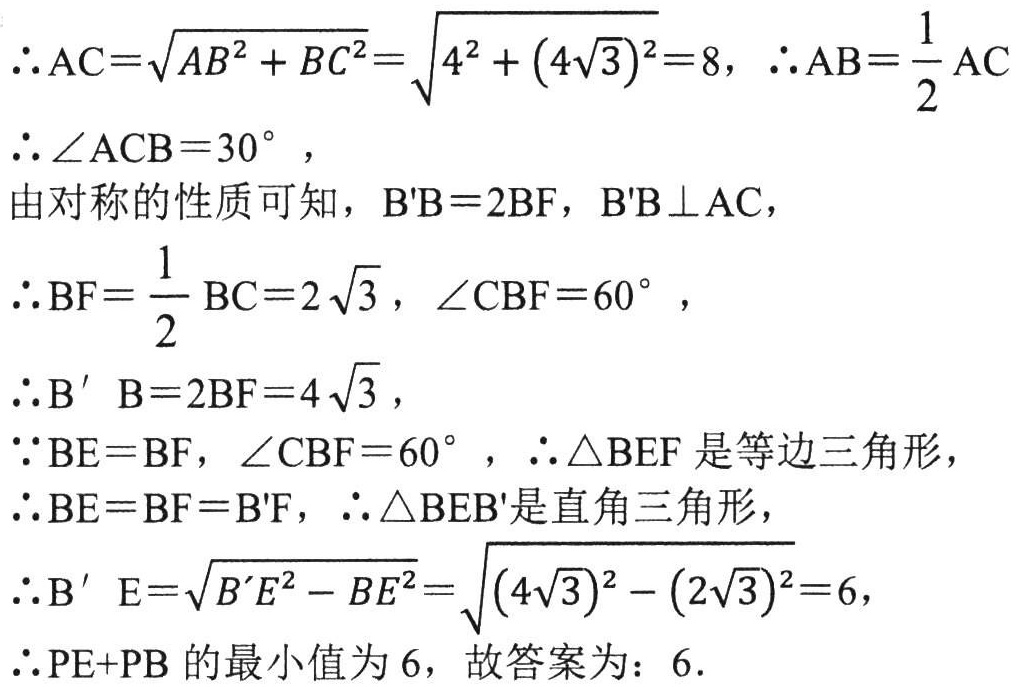
\(\therefore AC = \sqrt{AB^{2}+BC^{2}}=\sqrt{4^{2}+(4\sqrt{3})^{2}} = 8, \therefore AB=\frac{1}{2}AC\)

\(\therefore \angle ACB = 30^{\circ},\)

由对称的性质可知，\(B'B = 2BF, B'B\perp AC,\)

\(\therefore BF=\frac{1}{2}BC = 2\sqrt{3}, \angle CBF = 60^{\circ},\)

\(\therefore B^{\prime}B = 2BF = 4\sqrt{3},\)

\(\because BE = BF, \angle CBF = 60^{\circ}, \therefore \triangle BEF\)是等边三角形，

\(\therefore BE = BF = B'F, \therefore \triangle BEB'\)是直角三角形，

\(\therefore B^{\prime}E=\sqrt{B^{\prime}E^{2}-BE^{2}}=\sqrt{(4\sqrt{3})^{2}-(2\sqrt{3})^{2}} = 6,\)

\(\therefore PE + PB\)的最小值为\(6\)，故答案为：\(6\).